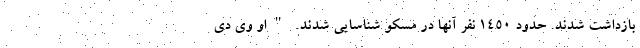
بازداشت شدند. حدود 1450 نفر آنها در مسکو شناسایی شدند. "او وی دی